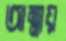
আম্মায়